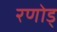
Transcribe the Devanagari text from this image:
रणोड्